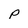
Character: p